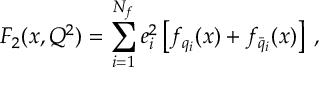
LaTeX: F _ { 2 } ( x , Q ^ { 2 } ) = \sum _ { i = 1 } ^ { N _ { f } } e _ { i } ^ { 2 } \left[ f _ { q _ { i } } ( x ) + f _ { \bar { q } _ { i } } ( x ) \right] \; ,